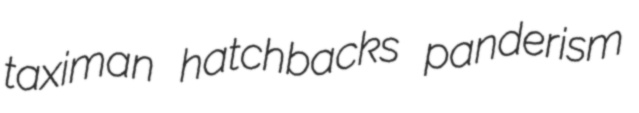
taximan hatchbacks panderism